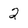
Character: 2